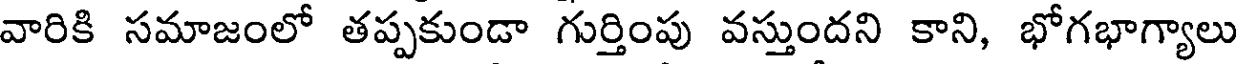
వారికి సమాజంలో తప్పకుండా గుర్తింపు వస్తుందని కాని, భోగభాగ్యాలు